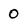
Character: 0